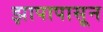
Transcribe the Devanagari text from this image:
झापापासून